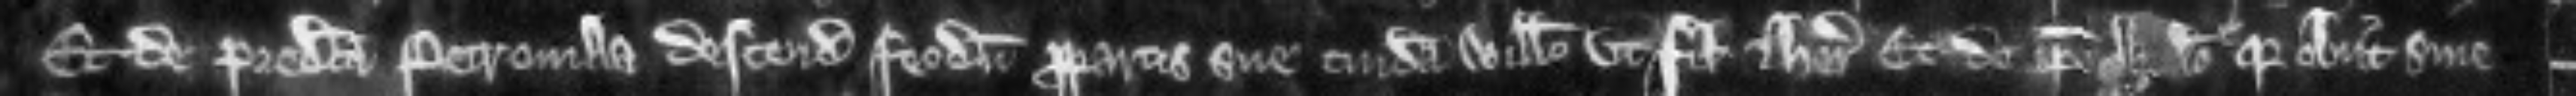
Et de predicta Petronilla descendit feodum propartis sue cuidam Willelmo ut filio et heredi et de ipso Willelmo quia obiit sine